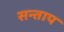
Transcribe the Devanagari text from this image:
सन्‍ताप